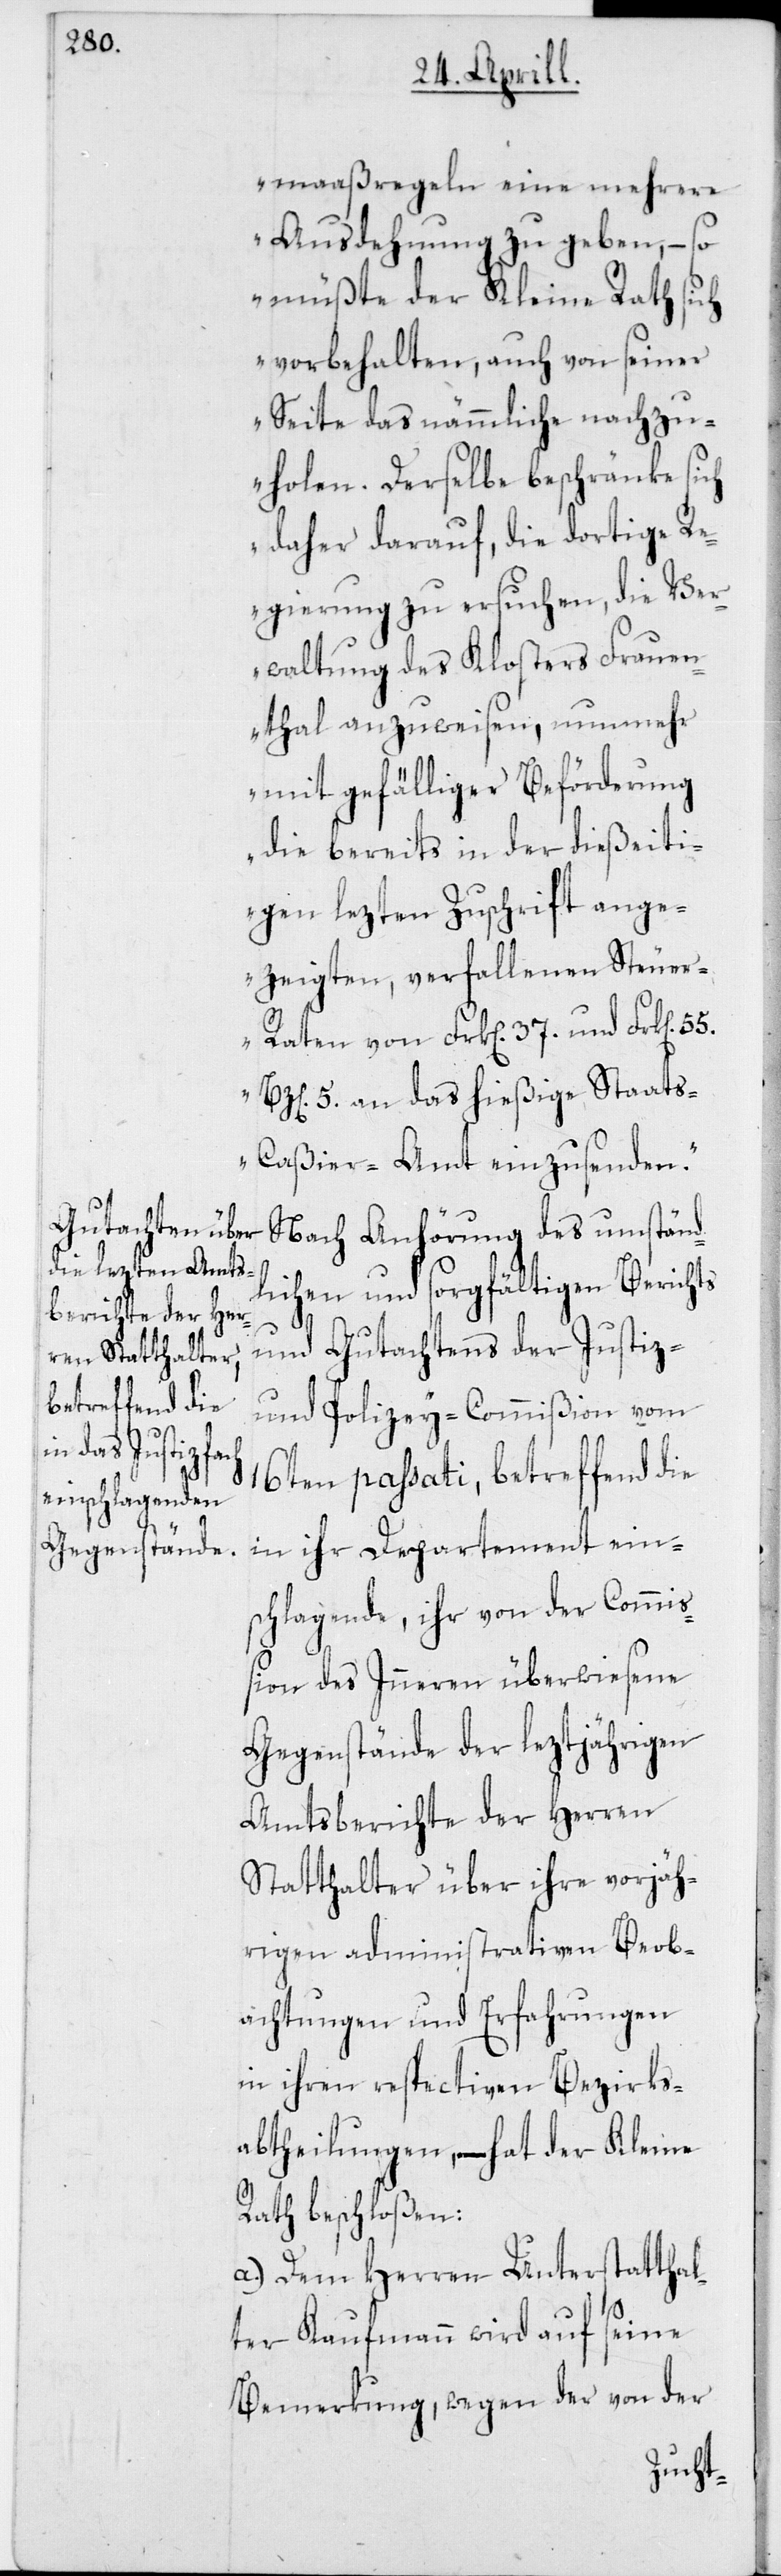
maaßregeln eine mehrere
Ausdehung zu geben, – so
müßte der Kleine Rath sich
vorbehalten, auch von seiner
Seite das nämmliche nachzu¬
holen. Derselbe beschränke sich
daher darauf, die dortige R¬
egierung zu ersuchen, die Ver¬
waltung des Klosters Frauen¬
thal anzuweisen, nunmehr
mit gefälliger Beförderung
die bereits in der dießeiti¬
gen lezten Zuschrift ange¬
zeigten, verfallenen Steuer-R¬
aten von Frk[en] 37. und Frk[en]
55.
Bz[en] 5. an das hießige Staat¬
s-Caßier-Amt einzusenden.“
Nach Anhörung des umständ¬
lichen und sorgfältigen Berichts
und Gutachtens der Justiz-
und Polizey-Commißion vom
16ten passati, betreffend die
in ihr Departement ein¬
schlagende, ihr von der Commi¬
ßion des Inneren überwiesene
Gegenstände der leztjährigen
Amtsberichte der Herren
Statthalter über ihre vorjäh¬
rigen administrativen Beob¬
achtungen und Erfahrungen
in ihren respectiven Bezirks¬
abtheilungen, – hat der Kleine
Rath beschloßen:
a) Dem Herren Unterstatthal¬
ter Kaufmann wird auf seine
Bemerkung, wegen der von der